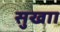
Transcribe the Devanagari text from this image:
सुखाा